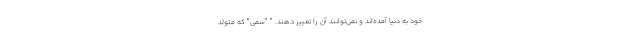
خود به دنیا آمده‌اند و نمی‌توانند آن‌ را تغییر دهند. " "سمی" که متولد